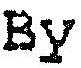
BY